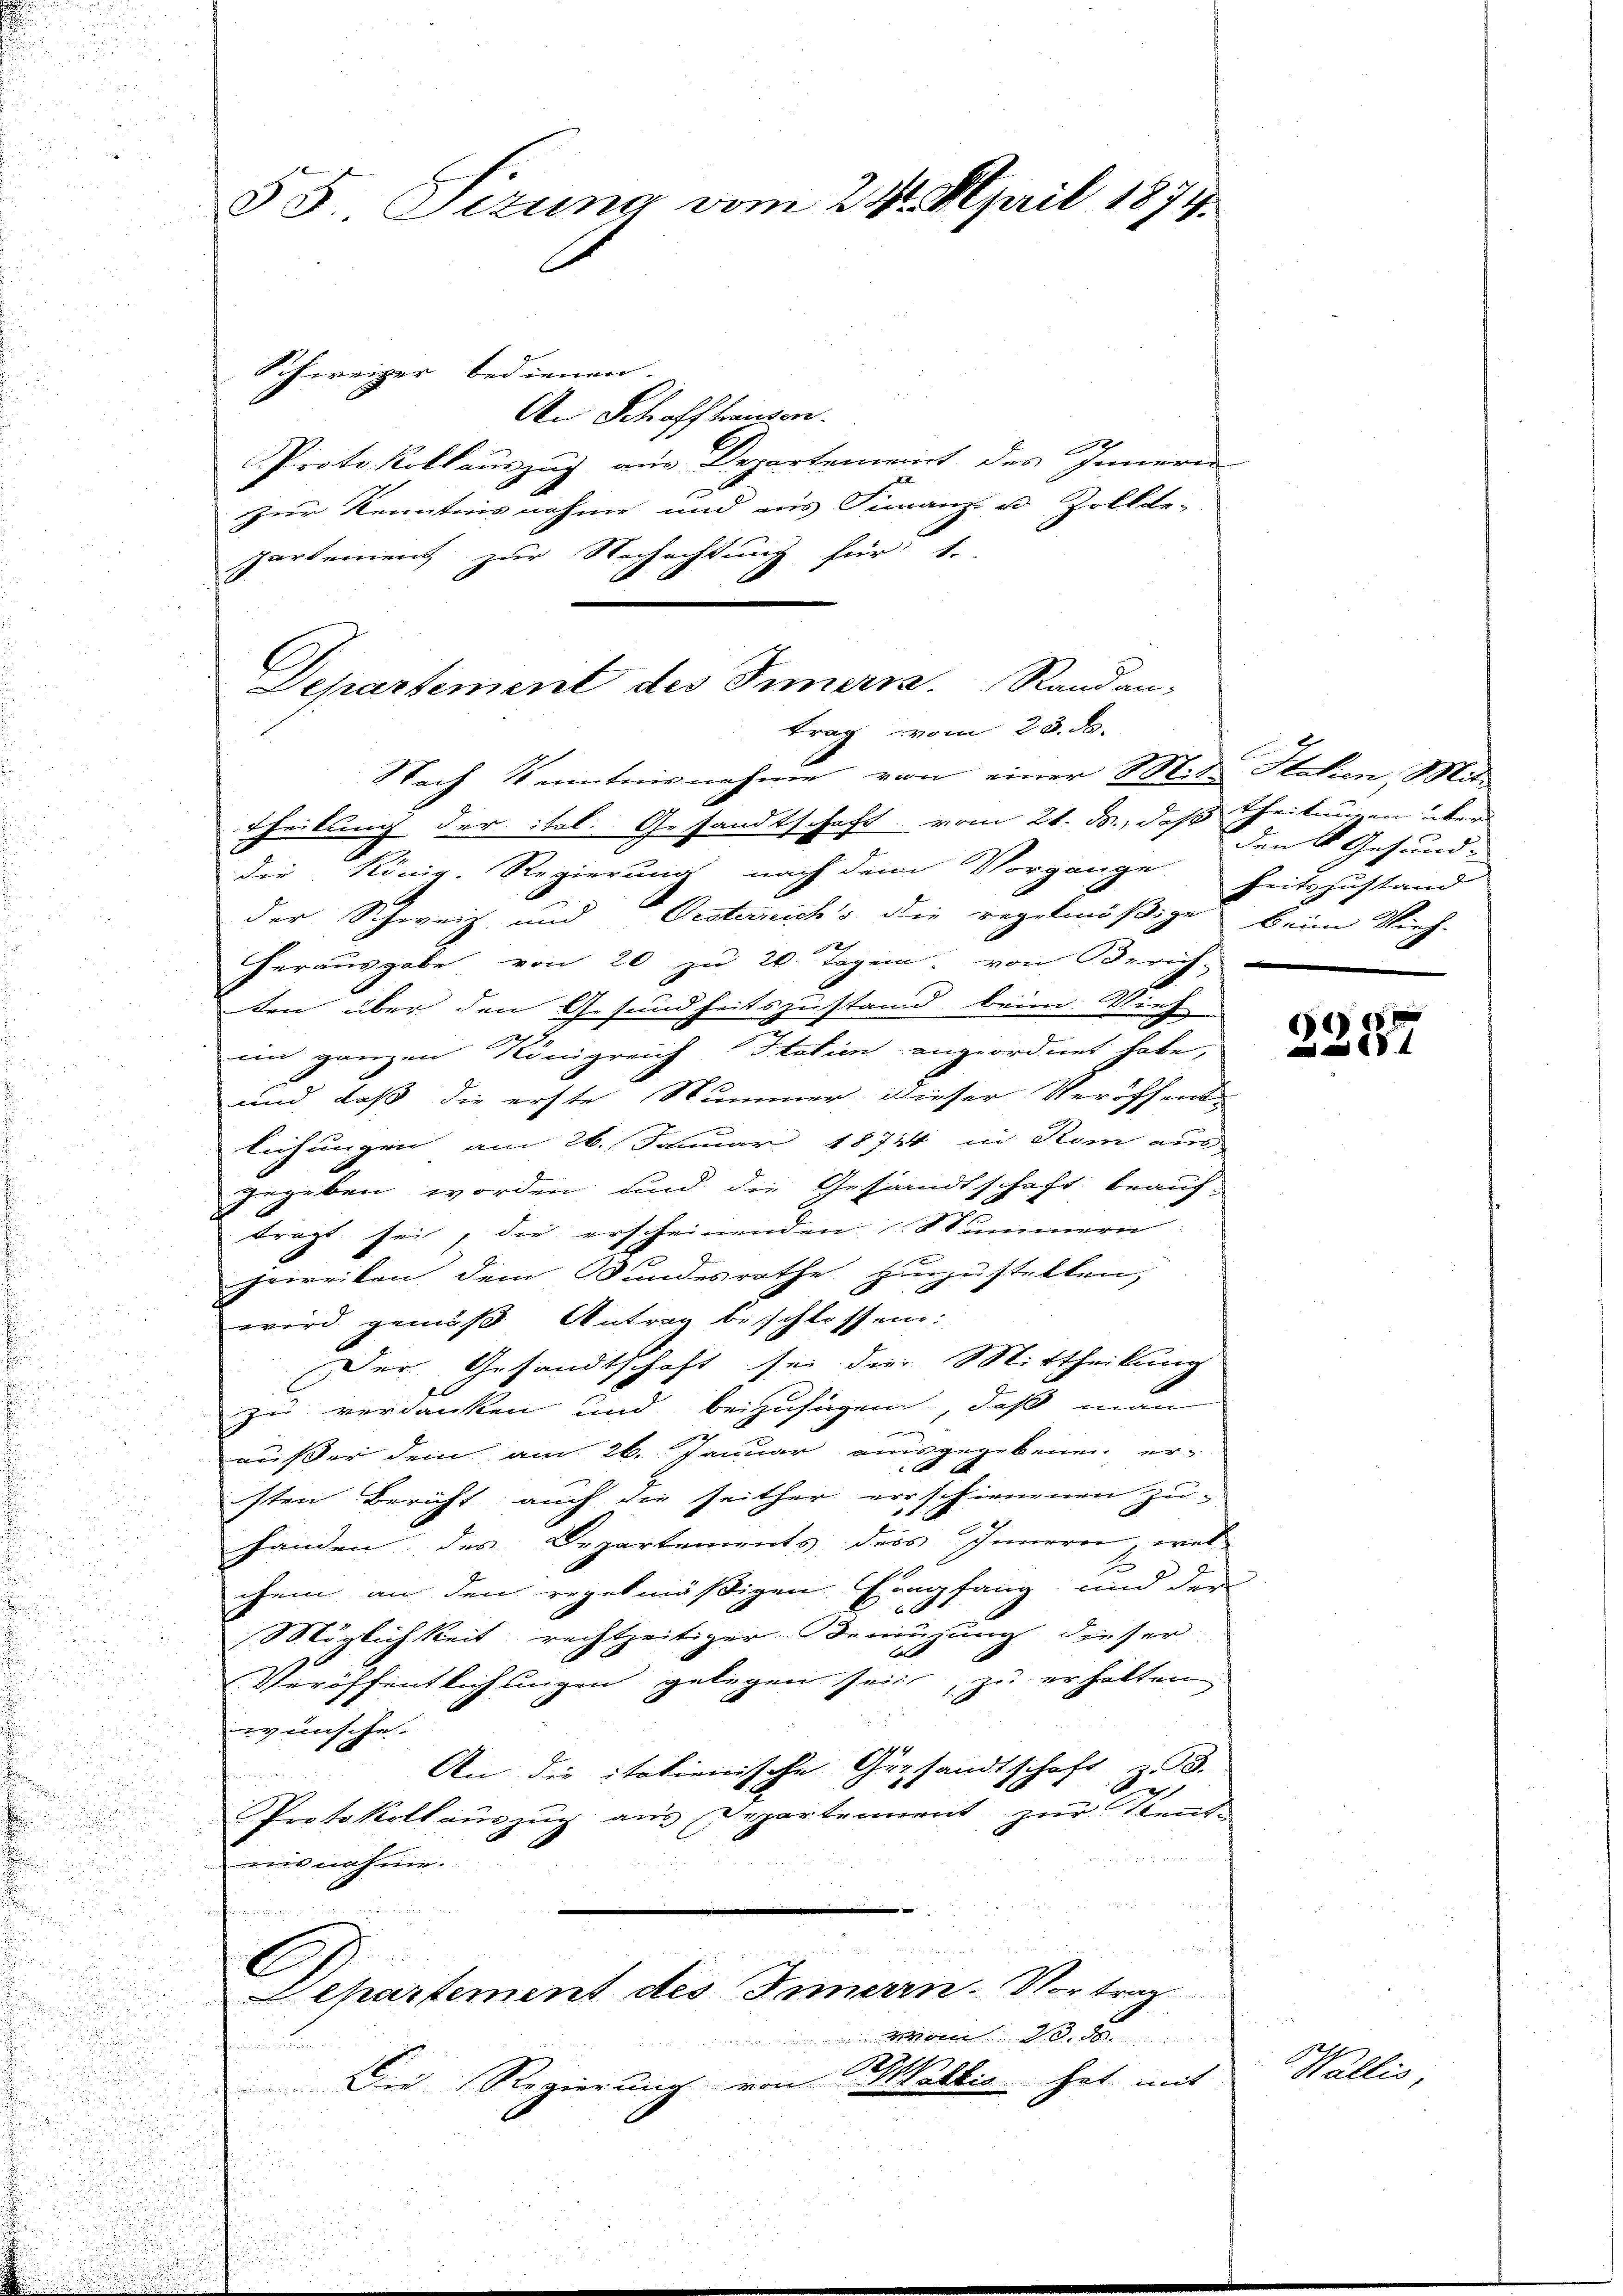
Schweizer bedienen.
An Schaffhausen.
9
Protokollauszug aus Departement des Innern
zur Kenntnis nahme und aus Finanz- u. Zollbe-
partement zur Nachachtung für 4.
die König. Regierung nach dem Vorgange
der Schweiz und Oesterreichs die regelmäßige beim Vieh-
herausgabe von 20 zu 20. Tagen, von Zürich,
ten über den Gesundheitszustand beim Vieh
im ganzen Königreich Statien angeordnet habe,
und daß die erste Nummer dieser Veröffent
liehungen am 26. Januar 1874 in Rom aus
gegeben worden und die Gesandtschaft beauf-
tragt sei, die erscheinenden Stummern
jeweilen dem Bundesrathe Hinzustellen,
wird gemäß Antrag beschlossen:
Der Gesandtschaft sei die Mittheilung
zu verdanken und beizufügen, daß man
n
aister dem am 26. Januar ausgegebenen ersten Bericht auch die seither errschienenen Zu-
.
i
handen des Departements des Inneren wel¬
E
e
1
chem an den regelmäßigen Empfang, und der
d
Möglichkeit rechtzeitiger Bemühung dieser
n
.
Veröffentlichungen gelegen sein, zu erhalten
u
wünsche.
2
An die italienische Gersandtschaft z. B.
e
n
Protokollauszug aus Departement zur Kent¬

usnahme.
.
.
d
n
i
C
Departement des Innern. Vortrag

n
Die Regierung von Mellis hat mit

55 Sizung vom 24. April 1874.

Departement des Innern. Randan-
trag vom 23. d.
Nach Kenntnisnahme von einer Mit Stehen, Mit¬
Theilung der ital. Gesandtschaft vom 21. ds., daß Theilungen über

den 4 Gesund-
heitszustand

E
22051

Wallis,